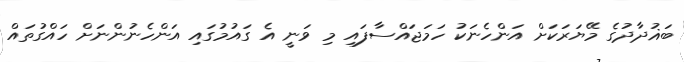
ބަޣުދާދުގެ މޭޔަރަކަށް އަންހެނަކު ހަމަޖައްސާފައި މި ވަނީ އެ ގައުމުގައި އަންހެނުންނަށް ހައްގުތައް